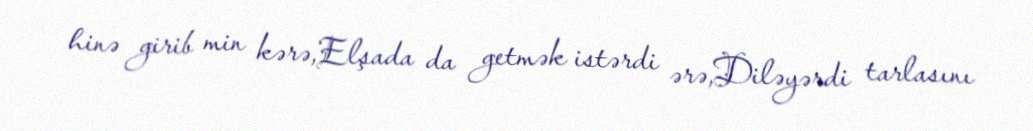
hinə girib min kərə,Elşada da getmək istərdi ərə,Diləyərdi tarlasını